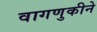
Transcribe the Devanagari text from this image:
वागणुकीने